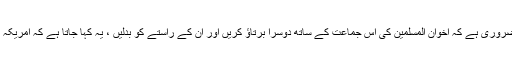
لیکن اب ہمیں کمیونزم سے بھی بڑا خطره لاحق ہے، اب ہمارے لئے ضرورى ہے کہ اخوان المسلمین کى اس جماعت کے ساتھ دوسرا برتاؤ کریں اور ان کے راستے کو بدلیں ، یہ کہا جاتا ہے کہ امریکہ کے ایک صدر نے اس جماعت کو آزادى کے خلاف لڑنے والا کہا ہے۔